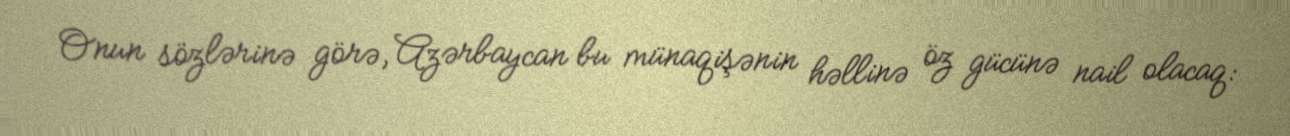
Onun sözlərinə görə, Azərbaycan bu münaqişənin həllinə öz gücünə nail olacaq: